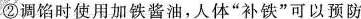
②调馅时使用加铁酱油，人体”补铁”可以预防